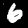
Label: 6